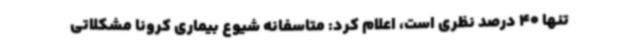
تنها 40 درصد نظری است، اعلام کرد: متاسفانه شیوع بیماری کرونا مشکلاتی